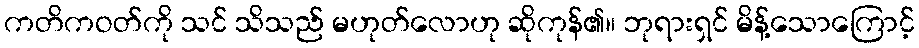
ကတိကဝတ်ကို သင် သိသည် မဟုတ်လောဟု ဆိုကုန်၏။ ဘုရားရှင် မိန့်သောကြောင့်